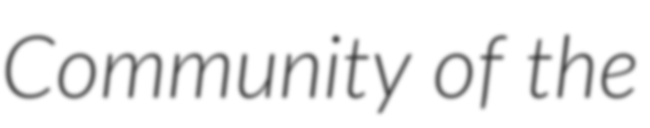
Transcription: Community of the